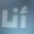
أنا